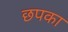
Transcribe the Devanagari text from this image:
छपका